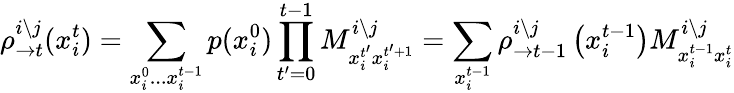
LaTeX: \rho_{\rightarrow t}^{i\setminus j}(x_{i}^{t})=\sum_{x_{i}^{0}...x_{i}^{t-1}}p(x_{i}^{0})\prod_{t^{\prime}=0}^{t-1}M_{x_{i}^{t^{\prime}}x_{i}^{t^{\prime}+1}}^{i\setminus j}=\sum_{x_{i}^{t-1}}\rho_{\rightarrow t-1}^{i\setminus j}\left(x_{i}^{t-1}\right)M_{x_{i}^{t-1}x_{i}^{t}}^{i\setminus j}